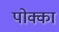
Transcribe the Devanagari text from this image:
पोक्का